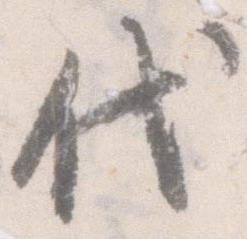
代